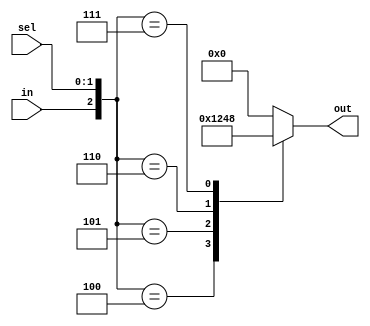
module demux1_4(in,sel,out);
input in;
input [1:0] sel;
output reg [3:0] out;



//using case statement
always@(*)
begin
    case({in,sel})
    3'b100 : out=4'b0001;
    3'b101 : out=4'b0010;
    3'b110 : out=4'b0100;
    3'b111 : out=4'b1000;
    default : out=4'b0000;
    endcase
end

endmodule

/*
//using continuous assignment
assign out[3]=sel[1]&sel[0]&in;
assign out[2]=sel[1]&(~sel[0])&in;
assign out[1]=~sel[1]&sel[0]&in;
assign out[0]=~sel[1]&(~sel[0])&in;

//using ternary operator
assign out[0] = (sel==0)?in:1'b0;
assign out[1] = (sel==1)?in:1'b0;
assign out[2] = (sel==2)?in:1'b0;
assign out[3] = (sel==3)?in:1'b0;
*/